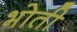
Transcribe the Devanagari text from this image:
भोती